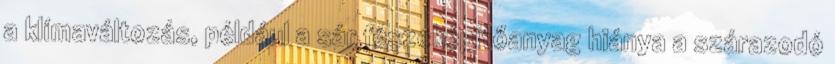
a klímaváltozás, például a sár fészeképítőanyag hiánya a szárazodó